Report of the Indian Hemp Drugs Commission, 1894-1895 - Volume VII
Year: 1894
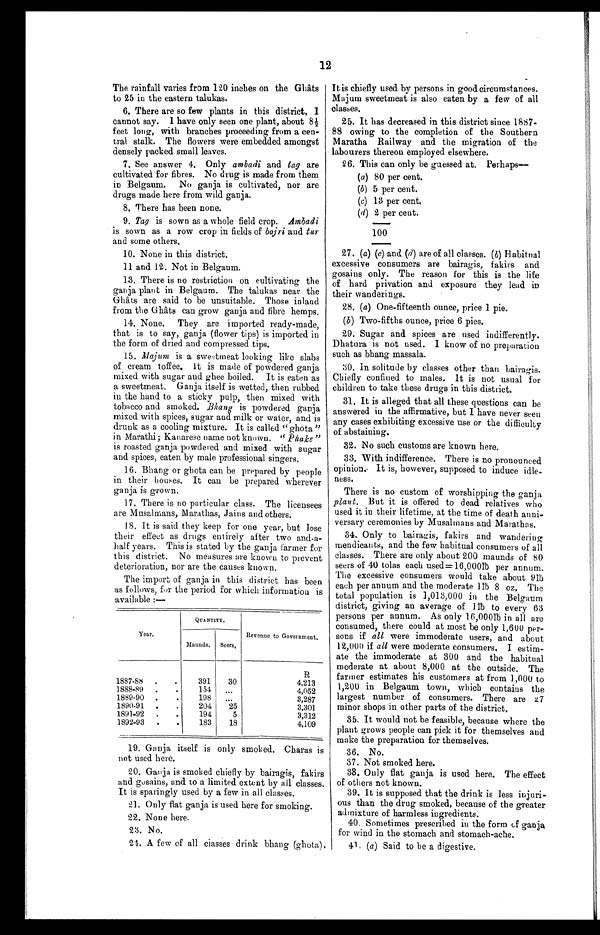
QUANTITY.
Year.
Revenue to Government.
Maunds.
Seers,
R
1887.88 .
.
391
30
4,213
1888-89 .
.
154
...
4,052
1889-90 .
.
198
...
3,287
1890.91
.
204
25
3,301
1891-92 .
.
194
5
3,312
1892-93 .
.
183
18
4,109
19. Ganja itself is only smoked. Charas is
not used here.
20. Ganja is smoked chiefly by bairagis, fakirs
and gosains, and to a limited extent by all classes.
It is sparingly used by a few in all classes.
21. Only flat ganja is used here for smoking.
22. None here.
23. No.
24. A few of all classes drink bhang (ghota).
12
The rainfall varies from 120 inches on the Ghâts
to 25 in the eastern talukas.
6. There are so few plants in this district, I
cannot say. I have only seen one plant, about 8½
feet long, with branches proceeding from a cen
-tral stalk. The flowers were embedded amongst
densely packed small leaves.
7. See answer 4. Only ambadi and tag are
cultivated for fibres. No drug is made from them
in Belgaum. No ganja is cultivated, nor are
drugs made here from wild ganja.
8. There has been none.
9. Tag is sown as a whole field crop. A m b a d i
is sown as a row crop in fields of bajri and tur
and some others.
10. None in this district.
11.
and 12. Not in Belgaum.
13, There is no restriction on cultivating the
ganja plant in Belgaum. The talukas near the
Ghâts are said to be unsuitable. Those inland
from the Ghâts can grow ganja and fibre hemps.
14. None. They are imported ready-made,
that is to say, ganja (flower tips) is imported in
the form of dried and compressed tips.
15.
Majum is a sweetmeat looking like slabs
of cream toffee. it is made of powdered ganja
mixed with sugar and ghee boiled. It is eaten as
a sweetmeat. Ganja itself is wetted, then rubbed
in the hand to a sticky pulp, then mixed with
tobacco and smoked. Bh ang is powdered ganja
mixed with spices, sugar and milk or water, and is
drunk as a cooling mixture. It is called "ghota"
in Marathi; Kanarese name not known. "Phake "
is roasted ganja powdered and mixed with sugar
and spices, eaten by male professional singers.
16. Bhang or ghota can be prepared by people
in their houses. It can be prepared wherever
ganja is grown.
17. There is no particular class. The licensees
are Musalmans, Marathas, Jains and others.
18. It is said they keep for one year, but lose
their effect as drugs entirely after two and-a-
half years. This is stated by the ganja farmer for
this district. No measures are known to prevent
deterioration, nor are the causes known.
The import of ganja in this district has been
as follows, for the period for which information is
available :-
It is chiefly used by persons in good circumstances.
Majum sweetmeat is also eaten by a few of all
classes.
25. It has decreased in this district since 1887
- 8 8 o w i n g t o t h e c o m p l e t i o n o f t h e S o u t h e r n
Maratha Railway and the migration of the
labourers thereon employed elsewhere.
26. This can only be guessed at. Perhaps
—
(a) 80 per cent.
(b) 5 per cent.
(c) 13 per cent.
(d) 2 per cent.
100
27. (a) (c) and (d) are of all classes. (b) Habitual
excessive consumers are bairagis, fakirs and
gosains only. The reason for this is the life
of hard privation and exposure they lead in
their wanderings.
28. (a) One-fifteenth ounce, price 1 pie.
(6) Two-fifths ounce, price 6 pies.
29. Sugar and spices are used indifferently.
Dhatura is not used. I know of no preparation
such as bhang massala.
30. In solitude by classes other than bairagis.
Chiefly confined to males. It is not usual for
children to take these drugs in this district.
31. It is alleged that all these questions can be
answered in the affirmative, but I have never seen
any cases exhibiting excessive use or the difficulty
of abstaining.
32. No such customs are known here.
33. With indifference. There is no pronounced
opinion. It is, however, supposed to induce idle-
ness.
There is no custom of worshipping the ganja
plant. But it is offered to dead relatives who
used it in their lifetime, at the time of death anni-
versary ceremonies by Musalmans and Marathas.
34. Only to bairagis, fakirs and wandering
mendicants, and the few habitual consumers of all
classes. There are only about 200 maunds of 80
seers of 40 tolas each used=16,000Њ per annum.
The excessive consumers would take about 9 Њ
each per annum and the moderate 1 Њ lb 8 oz. The
total population is 1,013,000 in the Belgaum
district, giving an average of 1Њ to every 63
persons per annum. As only 16,000 Њ in all are
consumed, there could at most be only 1,600 per
-sons if all were immoderate users, and about
12,000 if all were moderate consumers. I estim-
ate the immoderate at 300 and the habitual
moderate at about 8,000 at the outside. The
farmer estimates his customers at from 1,000 to
1,200 in Belgaum town, which contains the
largest number of consumers. There are
minor shops in other parts of the district.
35. It would not be feasible, because where the
plant grows people can pick it for themselves and
make the preparation for themselves.
36. No.
37. Not smoked here.
38. Only flat ganja is used here. The effect
of others not known.
39. It is supposed that the drink is less injuri-
ous than the drug smoked, because of the greater
admixture of harmless ingredients.
40. Sometimes prescribed in the form of ganja
for wind in the stomach and stomach-ache.
4 1. (a) Said to be a digestive.